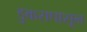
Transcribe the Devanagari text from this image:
डुकरापासून